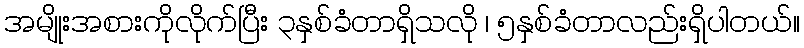
အမျိုးအစားကိုုလိုုက်ပြီး ၃နှစ်ခံတာရှိသလိုု ၊ ၅နှစ်ခံတာလည်းရှိပါတယ်။